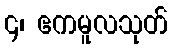
၄၊ ဧကမူလသုတ်